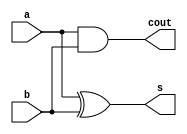
`timescale 1ns / 1ps
// Company: 
// Engineer: 
// 
// Design Name: 
// Module Name: HA
// Project Name: 
// Target Devices: 
// Tool Versions: 
// Description: 
// 
// Dependencies: 
// 
// Revision:
// Revision 0.01 - File Created
// Additional Comments:
// 
//////////////////////////////////////////////////////////////////////////////////


//////////////////////////////////////////////////////////////////////////////////
// Company: 
// Engineer: 
// 
// C023/09/19 21:52:22
// Design Name: 
// Module Name: FA
// Project Name: 
// Target Devices: 
// Tool Versions: 
// Description: 
// 
// Dependencies: 
// 
// Revision:
// Revision 0.01 - File Created
// Additional Comments:
// 
//////////////////////////////////////////////////////////////////////////////////

module HA(
    input a,
    input b,
    output s,
    output cout
    );
    //output//
    assign s = a^b;
    assign cout = a&b;
endmodule